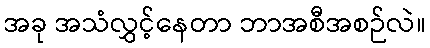
အခု အသံလွှင့်နေတာ ဘာအစီအစဉ်လဲ။